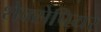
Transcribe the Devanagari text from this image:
शेक्सेपियर